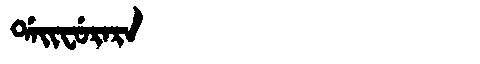
Manchu: ᡩᠠᡳᠸᡠᡵᠠᡵᠠ
Romanization: DAIFURARA